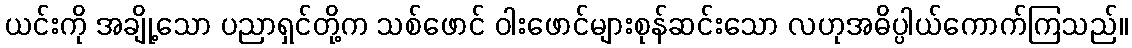
ယင်းကို အချို့သော ပညာရှင်တို့က သစ်ဖောင် ဝါးဖောင်များစုန်ဆင်းသော လဟုအဓိပ္ပါယ်ကောက်ကြသည်။